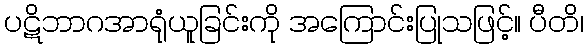
ပဋိဘာဂအာရုံယူခြင်းကို အကြောင်းပြုသဖြင့်။ ပီတိ၊